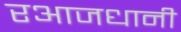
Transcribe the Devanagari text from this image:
रआजधानी